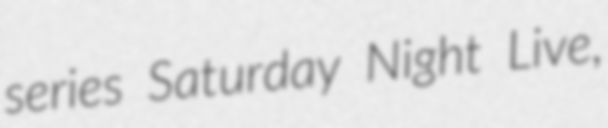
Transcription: series Saturday Night Live,